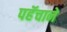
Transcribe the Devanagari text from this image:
पहॅचाने